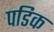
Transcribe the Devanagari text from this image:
पडिक